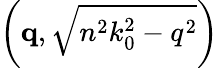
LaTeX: \left(\mathbf{q},\sqrt{n^{2}k_{0}^{2}-q^{2}}\right)